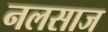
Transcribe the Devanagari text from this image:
नलसाज